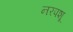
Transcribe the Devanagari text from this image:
नरपशू